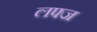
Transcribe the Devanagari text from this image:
लफ्ज